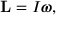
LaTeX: \mathbf { L } = I { \boldsymbol { \omega } } ,